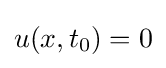
u(x,t_{0})=0